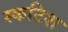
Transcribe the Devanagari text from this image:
स्कटिश